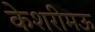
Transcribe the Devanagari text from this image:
केशरीमऊ